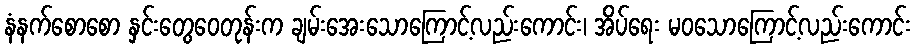
နံနက်စောစော နှင်းတွေဝေတုန်းက ချမ်းအေးသောကြောင့်လည်းကောင်း၊ အိပ်ရေး မဝသောကြောင့်လည်းကောင်း